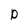
Character: P